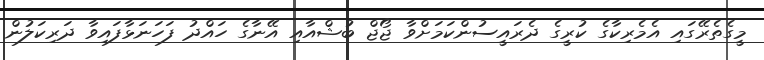
މީގެތެރޭގައި އެމެރިކާގެ ކުރީގެ ދެރައީސުންކަމަށްވާ ޖޯޖް ބުޝްއާއި އޭނާގެ ހައްދު ފަހަނަޅާފައިވާ ދަރިކަލުން